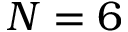
N = 6